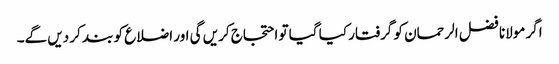
اگر مولانا فضل الرحمان کو گرفتار کیا گیا تو احتجاج کریں گی اور اضلاع کو بند کر دیں گے۔